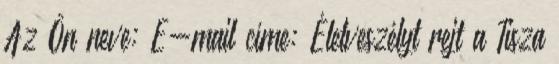
Az Ön neve: E-mail címe: Életveszélyt rejt a Tisza